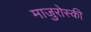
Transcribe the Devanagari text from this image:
माजुरोस्की